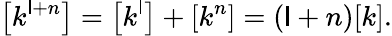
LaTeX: \left[k^{\mathsf{l}+n}\right]=\left[k^{\mathsf{l}}\right]+\left[k^{n}\right]=(\mathsf{l}+n)[k].